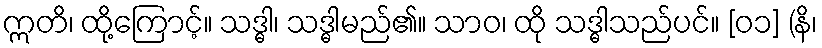
ဣတိ၊ ထို့ကြောင့်။ သဒ္ဓါ၊ သဒ္ဓါမည်၏။ သာဝ၊ ထို သဒ္ဓါသည်ပင်။ [၀၁] (နိ၊